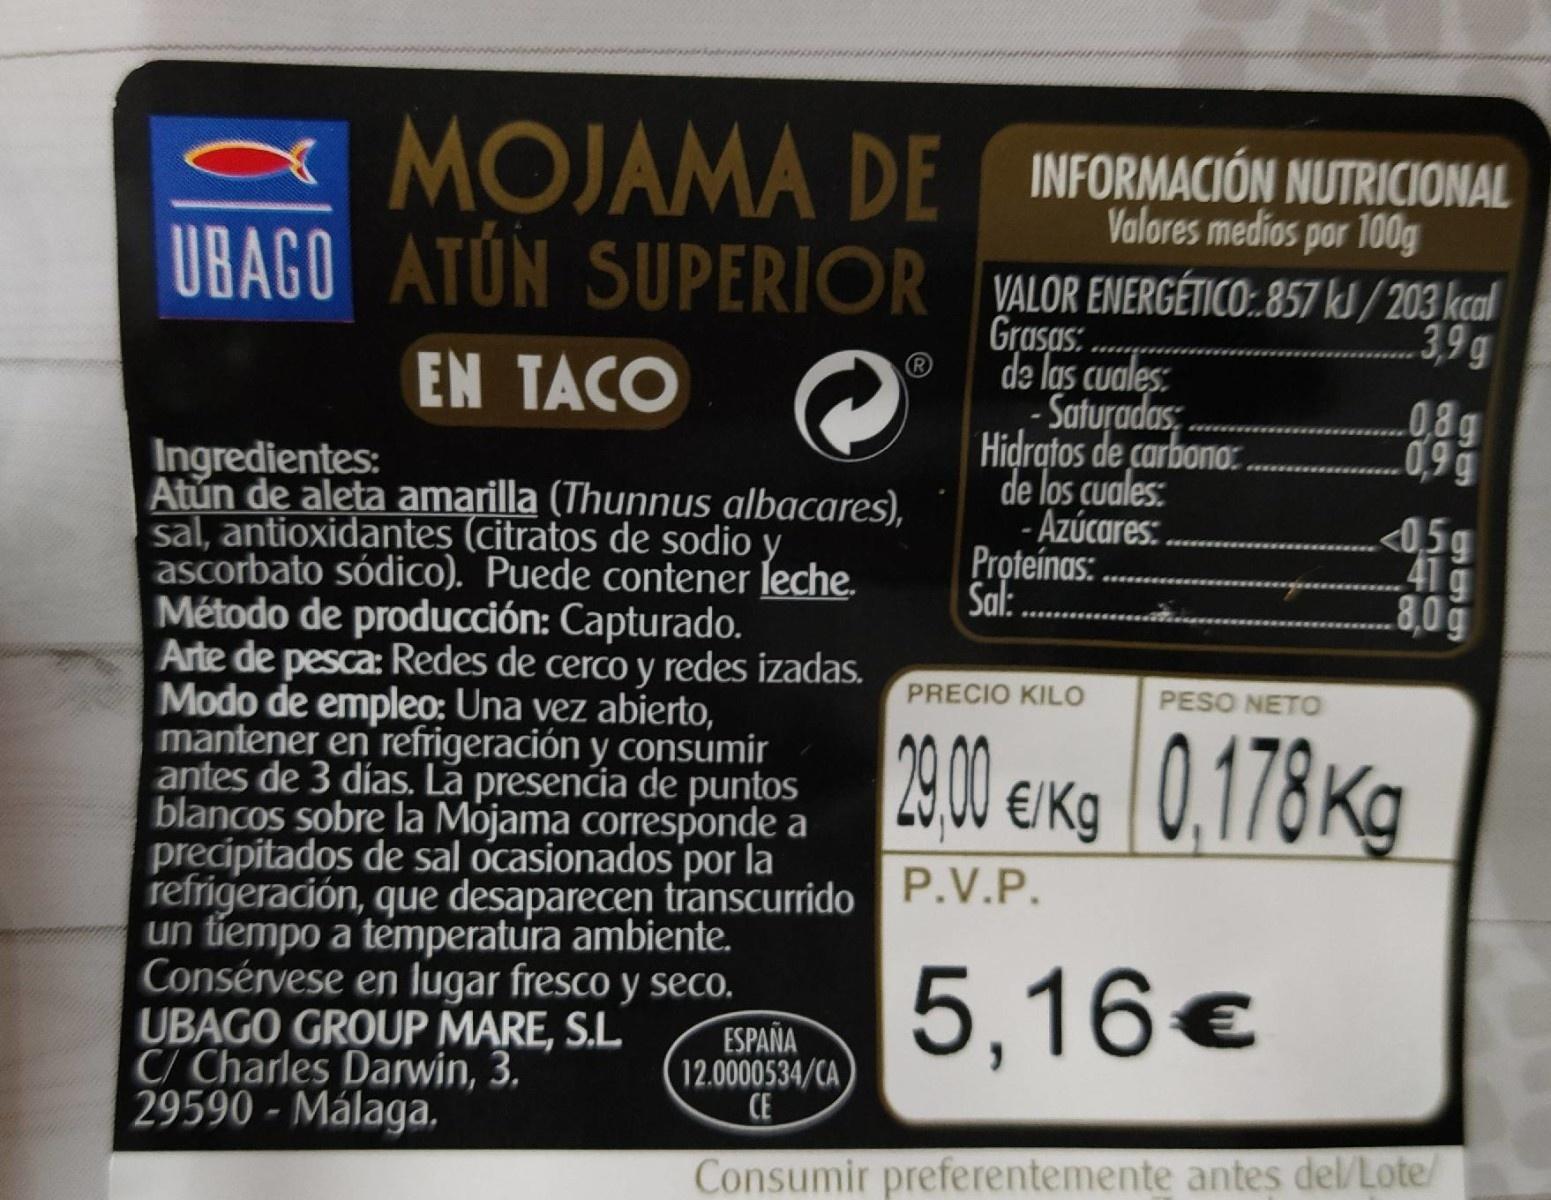
MOJAMA DE UBAGO ATÚN SUPERIOR
INFORMACIÓN NUTRICIONAL
Valores medios por 100g
VALOR ENERGÉTICO:.857 kJ/203 kcal Grasas: ®
3,9 g
de las cuales: - Saturadas;. Hidratos de carbona . de los cuales: - Azúcares:. Proteínas: . Sal:
EN TACO
08g
Ingredientes: Atun de aleta amarilla (Thunnus albacares), sal, antioxidantes (citratos de sodio y ascorbato sódico). Puede contener leche. Método de producción: Capturado. Arte de pesca: Redes de cerco y redes izadas. Modo de emple0: Una vez abierto, mantener en'refrigeración y consumir antes de 3 días. La presencia de puntos blancos sobre la Mojama corresponde a precipitados de sal ocasionados por la refrigeración, que desaparecen transcurrido P.V.P. un tiempo a temperatura ambiente. Consérvese en lugar fresco y seco. UBAGO GROUP MARE, S.L C/ Charles Darwin, 3. 29590 - Málaga,
05g 41g 8,0g
PRECIO KILO
PESO NETO
2900 ekg|
0.178Kg
5,16€
ESPAÑA 12.0000534/CA CE
Consumir preferentemente antes del/Lote/